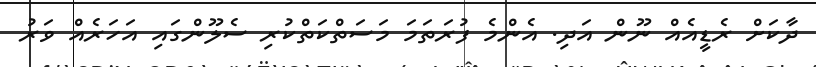
ދާކަށް ރެޑީއެއް ނޫން އަދި. އެންމެ ފުރަތަމަ މަސަތްކަތްކުރި ސެލޫންގައި އަހަރެއް ވަރު